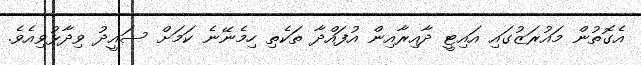
އެގޮތުން މައުރަޒުގައި އައިޓީ ދާއިރާއިން އުފައްދާ ތަކެތި ހިމެނޭނެ ކަމަށް ސައީދު ވިދާޅުވިއެވެ.